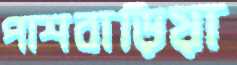
পাশবাড়িয়া